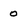
Character: 0